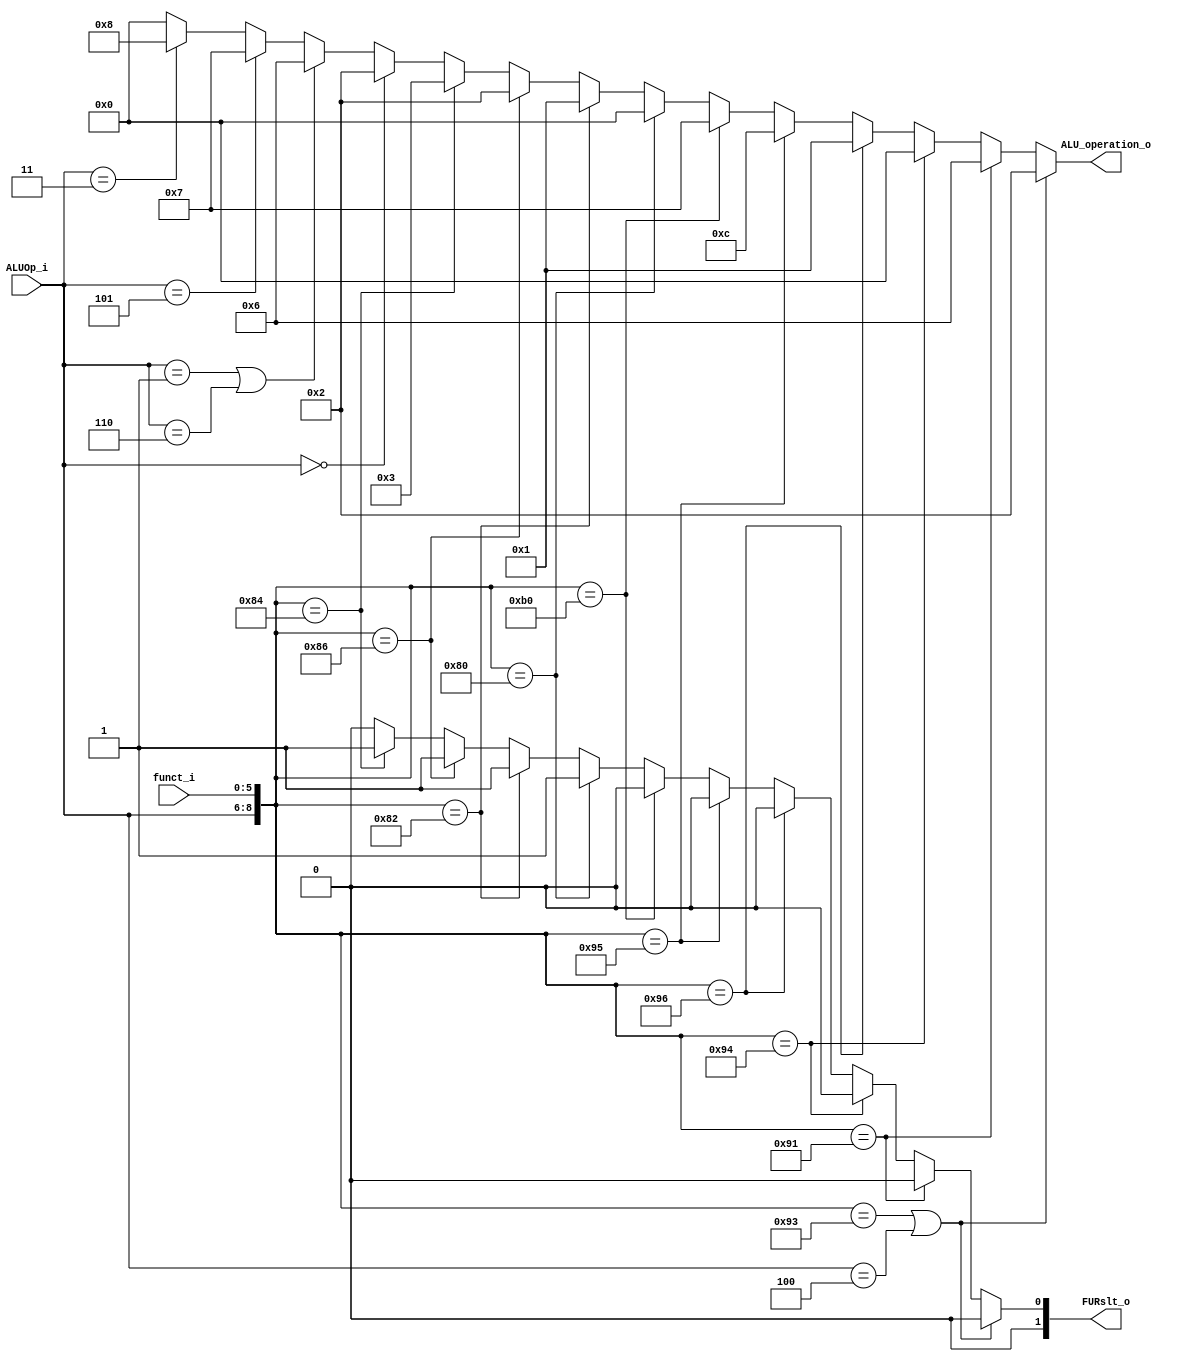
module ALU_Ctrl( funct_i, ALUOp_i, ALU_operation_o, FURslt_o );

//I/O ports 
input      [6-1:0] funct_i;
input      [3-1:0] ALUOp_i;

output     [4-1:0] ALU_operation_o;  
output     [2-1:0] FURslt_o;
     
//Internal Signals
wire		[4-1:0] ALU_operation_o;
wire		[2-1:0] FURslt_o;

//Main function
assign ALU_operation_o = ({ALUOp_i,funct_i} == 9'b010010011 || ALUOp_i == 3'b100) ? 4'b0010 : //add addi
			 		      ({ALUOp_i,funct_i} == 9'b010010001) ? 4'b0110 :  //sub
			 		      ({ALUOp_i,funct_i} == 9'b010010100) ? 4'b0000 :  //and
			 		      ({ALUOp_i,funct_i} == 9'b010010110) ? 4'b0001 :  //or 
			  		      ({ALUOp_i,funct_i} == 9'b010010101) ? 4'b1100 :  //nor 
			 		      ({ALUOp_i,funct_i} == 9'b010110000) ? 4'b0111 :  //slt
			 		      ({ALUOp_i,funct_i} == 9'b010000000) ? 4'b0000 :  //sll
			 		      ({ALUOp_i,funct_i} == 9'b010000010) ? 4'b0001 :  //srl
			 		      ({ALUOp_i,funct_i} == 9'b010000110) ? 4'b0010 :  //sllv
					      ({ALUOp_i,funct_i} == 9'b010000100) ? 4'b0011 : //srlv 
						  (ALUOp_i == 3'b000) ? 4'b0010 : //lw, sw(add)
						  (ALUOp_i == 3'b001 || ALUOp_i == 3'b110) ? 4'b0110 : //beq, bne(sub)
						  (ALUOp_i == 3'b101)? 4'b0111 : //blt
						  (ALUOp_i == 3'b011)? 4'b1000 : //bgez
						  4'b0000;  //others
assign FURslt_o =  ({ALUOp_i,funct_i} == 9'b010010011 || ALUOp_i == 3'b100) ? 2'b00 : //add addi
					({ALUOp_i,funct_i} == 9'b010010001) ? 2'b00 :  //sub
					({ALUOp_i,funct_i} == 9'b010010100) ? 2'b00 :  //and
					({ALUOp_i,funct_i} == 9'b010010110) ? 2'b00 :  //or 
					({ALUOp_i,funct_i} == 9'b010010101) ? 2'b00 :  //nor 
			 		({ALUOp_i,funct_i} == 9'b010110000) ? 2'b00 :  //slt
			 		({ALUOp_i,funct_i} == 9'b010000000) ? 2'b01 :  //sll
					({ALUOp_i,funct_i} == 9'b010000010) ? 2'b01 :  //srl
					({ALUOp_i,funct_i} == 9'b010000110) ? 2'b01 :  //sllv
					({ALUOp_i,funct_i} == 9'b010000100) ? 2'b01 :  //srlv
					2'b00;  //others
endmodule